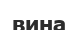
вина